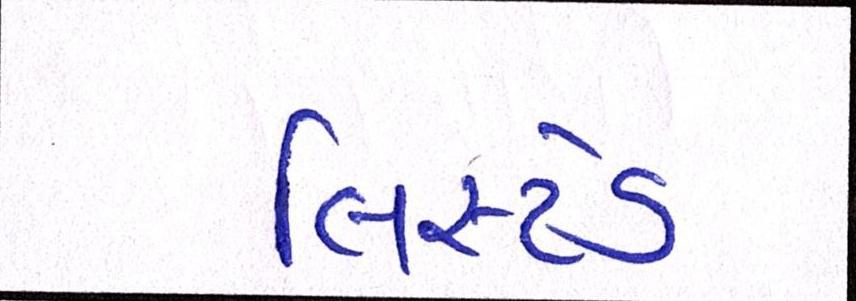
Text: લિસ્ટેડ